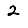
Digit: 2